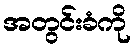
အတွင်းခံကို